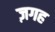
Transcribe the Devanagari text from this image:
ज़गह